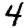
Digit: 4